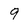
Character: 9